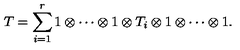
T = \sum _ { i = 1 } ^ { r } 1 \otimes \cdots \otimes 1 \otimes T _ { i } \otimes 1 \otimes \cdots \otimes 1 .